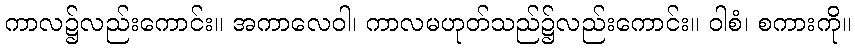
ကာလ၌လည်းကောင်း။ အကာလေဝါ၊ ကာလမဟုတ်သည်၌လည်းကောင်း။ ဝါစံ၊ စကားကို။